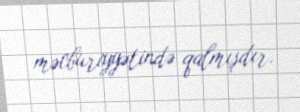
məcburiyyətində qalmışdır.